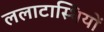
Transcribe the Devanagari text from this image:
ललाटास्थियों